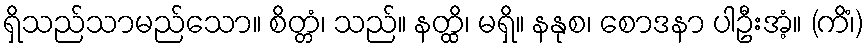
ရှိသည်သာမည်သော။ စိတ္တံ၊ သည်။ နတ္ထိ၊ မရှိ။ နနုစ၊ စောဒနာ ပါဦးအံ့။ (ကိံ၊)